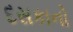
દસકાનો